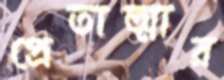
প্রেতাত্মার